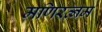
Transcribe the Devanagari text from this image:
मणिरत्‍नम